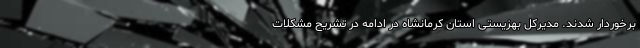
برخوردار شدند. مدیرکل بهزیستی استان کرمانشاه در ادامه در تشریح مشکلات